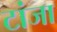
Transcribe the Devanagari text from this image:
टांजा